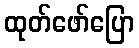
ထုတ်ဖော်ပြော